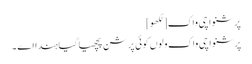
پرشنواچی واک[لکھو]
پرشنواچی واک ولوں کوئی پرشن پچھیا گیا ہندا اے ۔